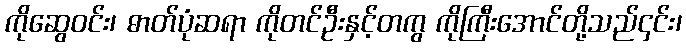
ကိုဆွေဝင်း၊ ဓာတ်ပုံဆရာ ကိုတင်ဦးနှင့်တကွ ကိုကြီးအောင်တို့သည်၄င်း၊